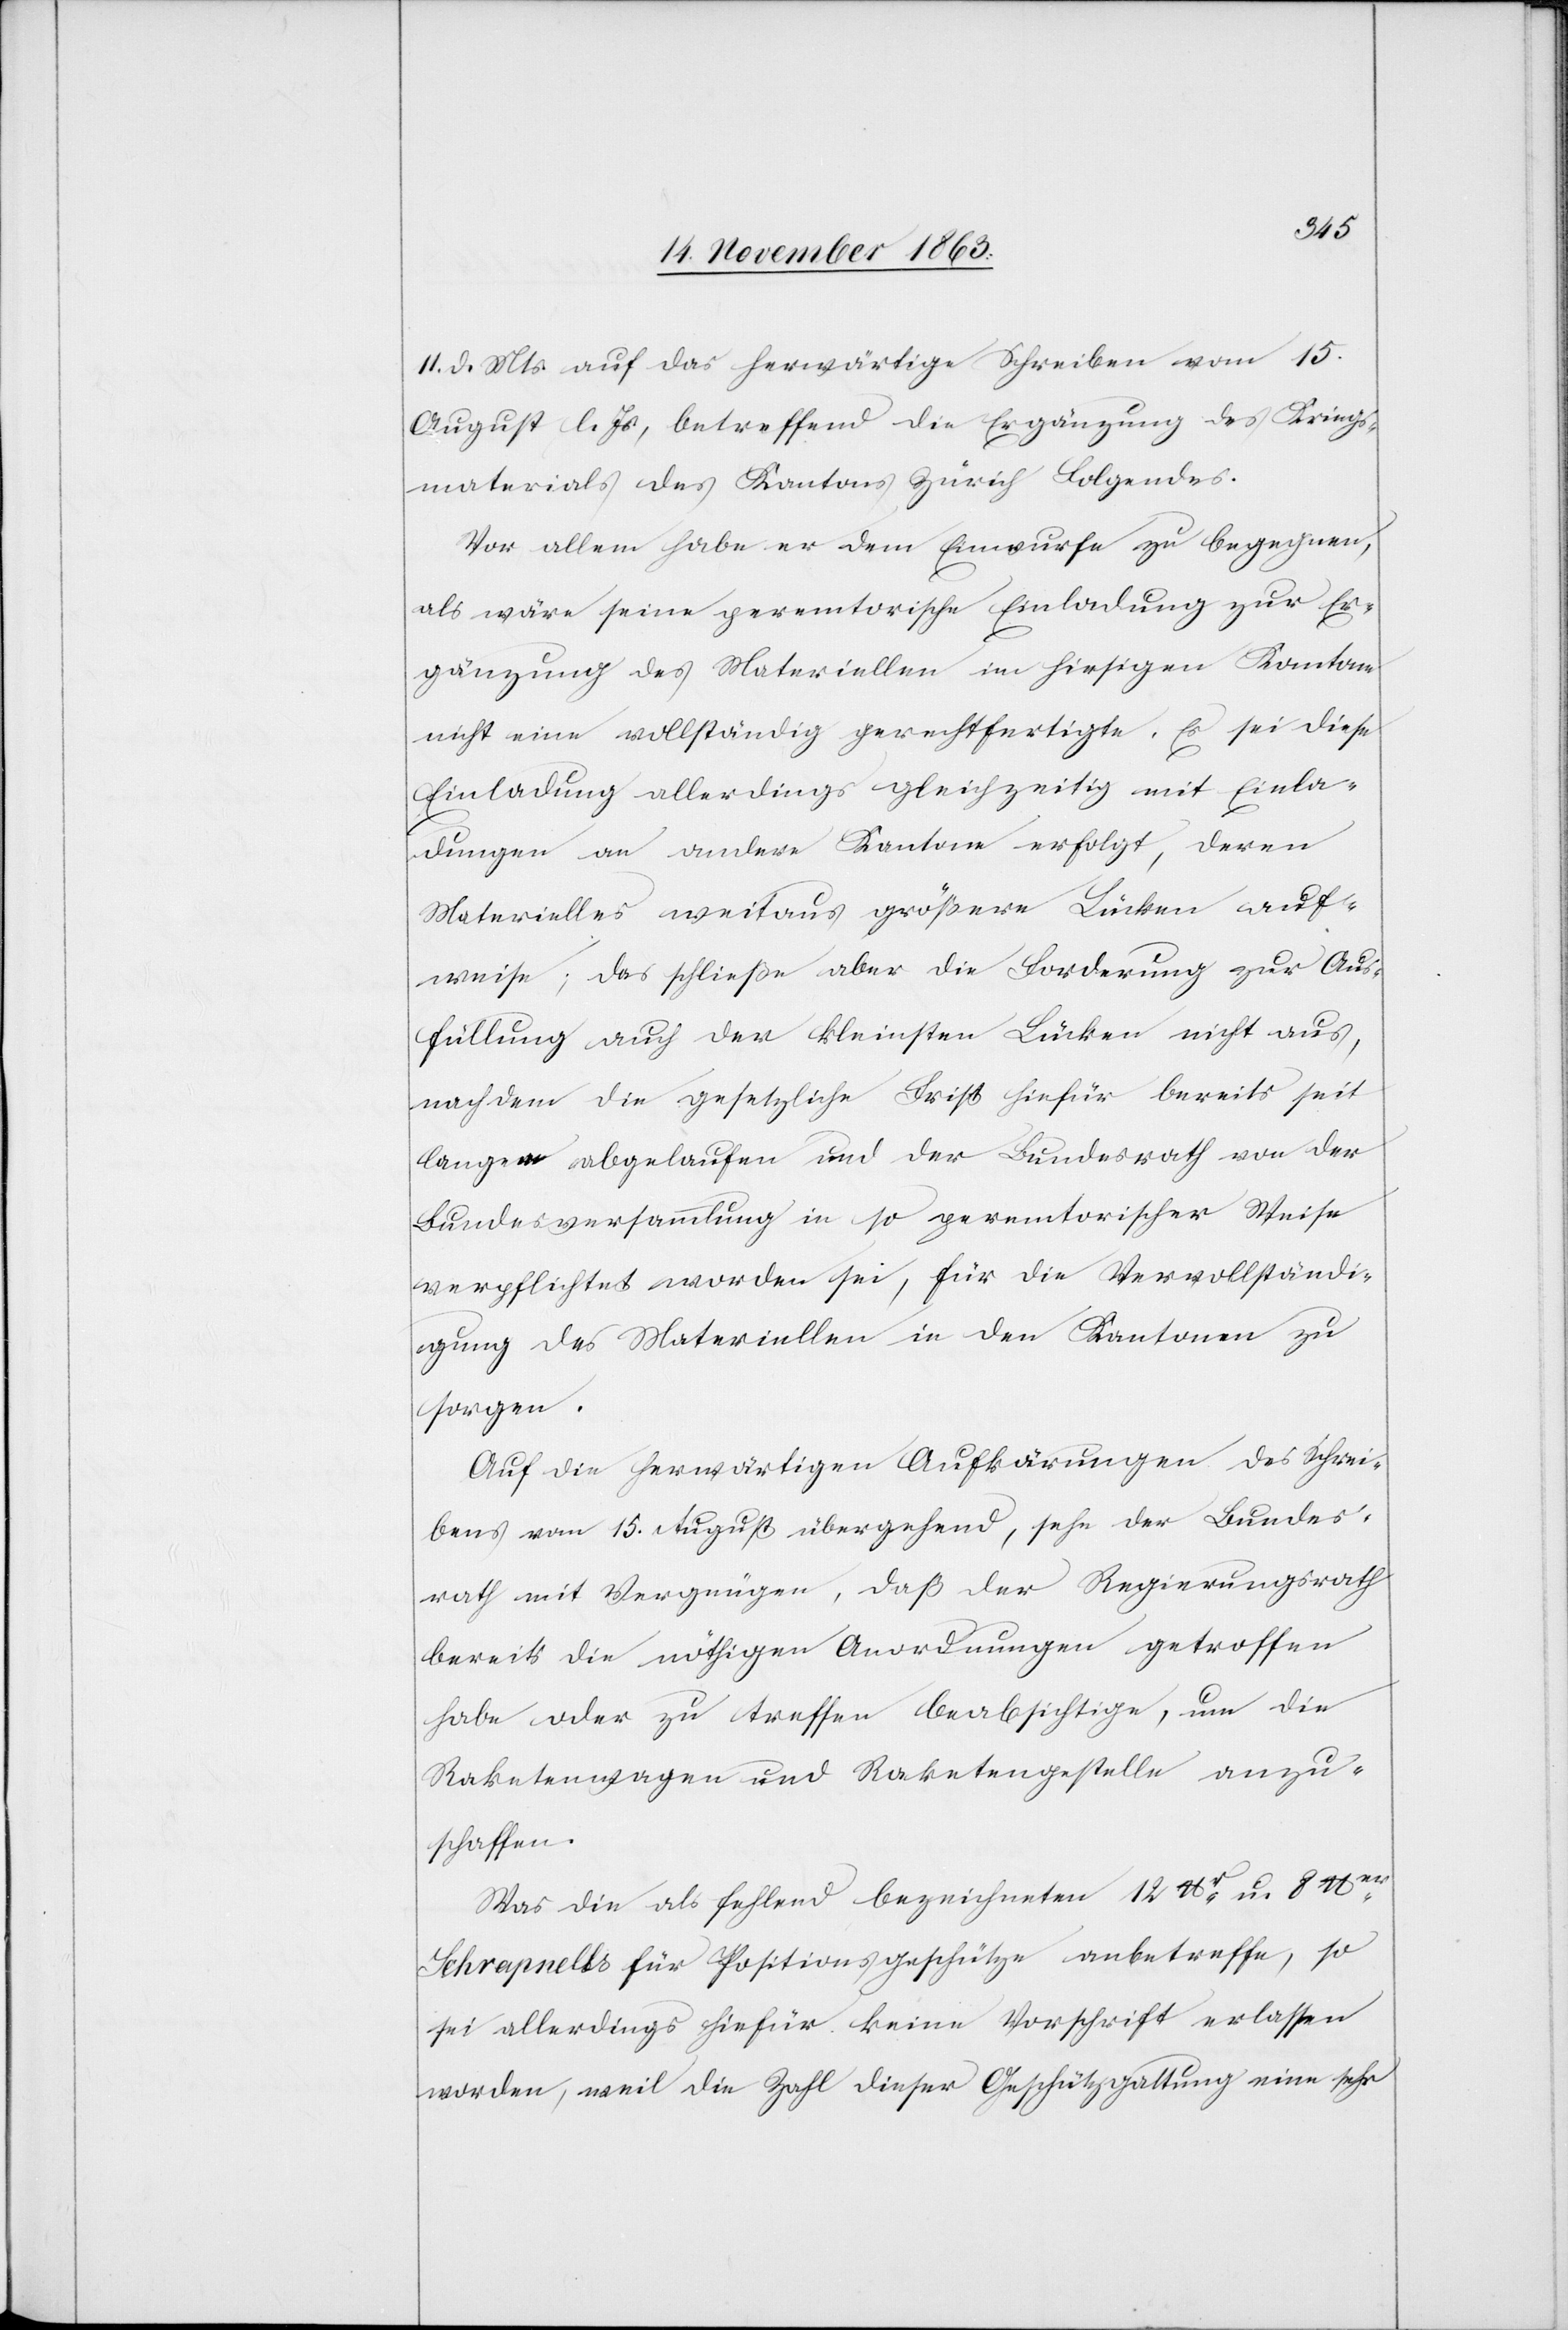
11. d. Mts. auf das herwärtige Schreiben vom 15.
August l. Js, betreffend die Ergänzung des Kriegs¬
materials des Kantons Zürich Folgendes.
Vor allem habe er dem Einwurfe zu begegnen,
als wäre seine peremtorische Einladung zur Er¬
gänzung des Materiellen im hiesigen Kantone
nicht eine vollständig gerechtfertigte. Es sei diese
Einladung allerdings gleichzeitig mit Einla¬
dungen an andere Kantone erfolgt, deren
Materielles weitaus größere Lücken auf¬
weise; das schließe aber die Forderung zur Aus¬
füllung auch der kleinsten Lücken nicht aus,
nachdem die gesetzliche Frist hiefür bereits seit
langem abgelaufen und der Bundesrath von der
Bundesversammlung in so permetorischer Weise
verpflichtet worden sei, für die Vervollständi¬
gung des Materiellen in den Kantonen zu
sorgen.
Auf die herwärtigen Aufk[l]ärungen des Schrei¬
bens vom 15. August übergehend, sehe der Bundes¬
rath mit Vergnügen, daß der Regierungsrath
bereits die nöthigen Anordnungen getroffen
habe oder zu treffen beabsichtige, um die
Raketenwagen und Raketengestelle anzu¬
schaffen.
Was die als fehlend bezeichneten 12 lbr u. 8 lber
Schrapnells für Positionsgeschütze anbetreffe, so
sei allerdings hiefür keine Vorschrift erlassen
worden, weil die Zahl dieser Geschützgattung eine sehr